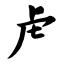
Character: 虍